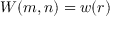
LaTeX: W ( m , n ) = w ( r )